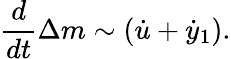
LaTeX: \frac{d}{dt}\Delta m\sim(\dot{u}+\dot{y}_{1}).